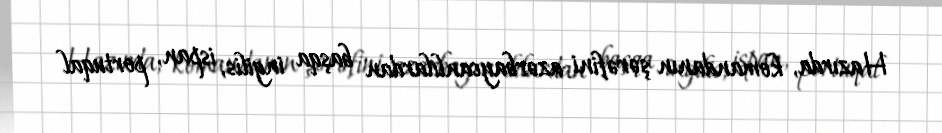
Hazırda, komandanın şərəfini azərbaycanlılardan başqa ingilis, ispan, portuqal